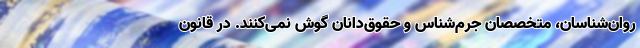
روان‌شناسان، متخصصان جرم‌شناس و حقوق‌دانان گوش نمی‌کنند. ‌در قانون